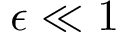
{ \epsilon \ll 1 }